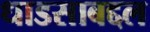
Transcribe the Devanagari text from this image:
धाडसाबद्दल